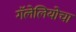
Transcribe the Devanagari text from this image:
गॅलेलियोचा